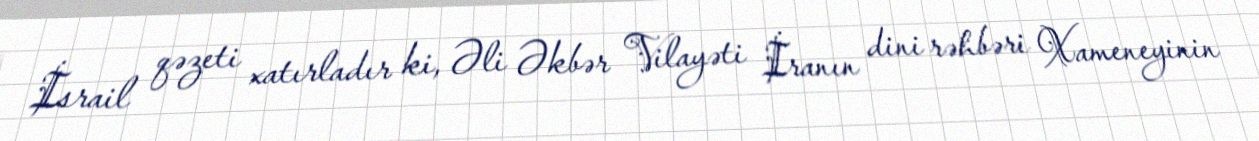
İsrail qəzeti xatırladır ki, Əli Əkbər Vilayəti İranın dini rəhbəri Xameneyinin